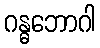
ဂန္ဓဘောဂါ